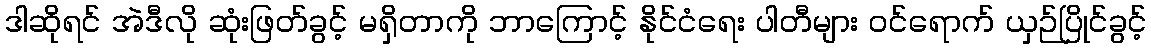
ဒါဆိုရင် အဲဒီလို ဆုံးဖြတ်ခွင့် မရှိတာကို ဘာကြောင့် နိုင်ငံရေး ပါတီများ ဝင်ရောက် ယှဉ်ပြိုင်ခွင့်